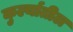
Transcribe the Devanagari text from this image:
कुर्ल्यातील